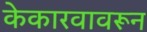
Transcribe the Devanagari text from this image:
केकारवावरून